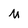
Character: M